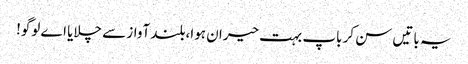
یہ باتیں سن کر باپ بہت حیران ہوا،بلند آواز سے چلایا اے لوگو!